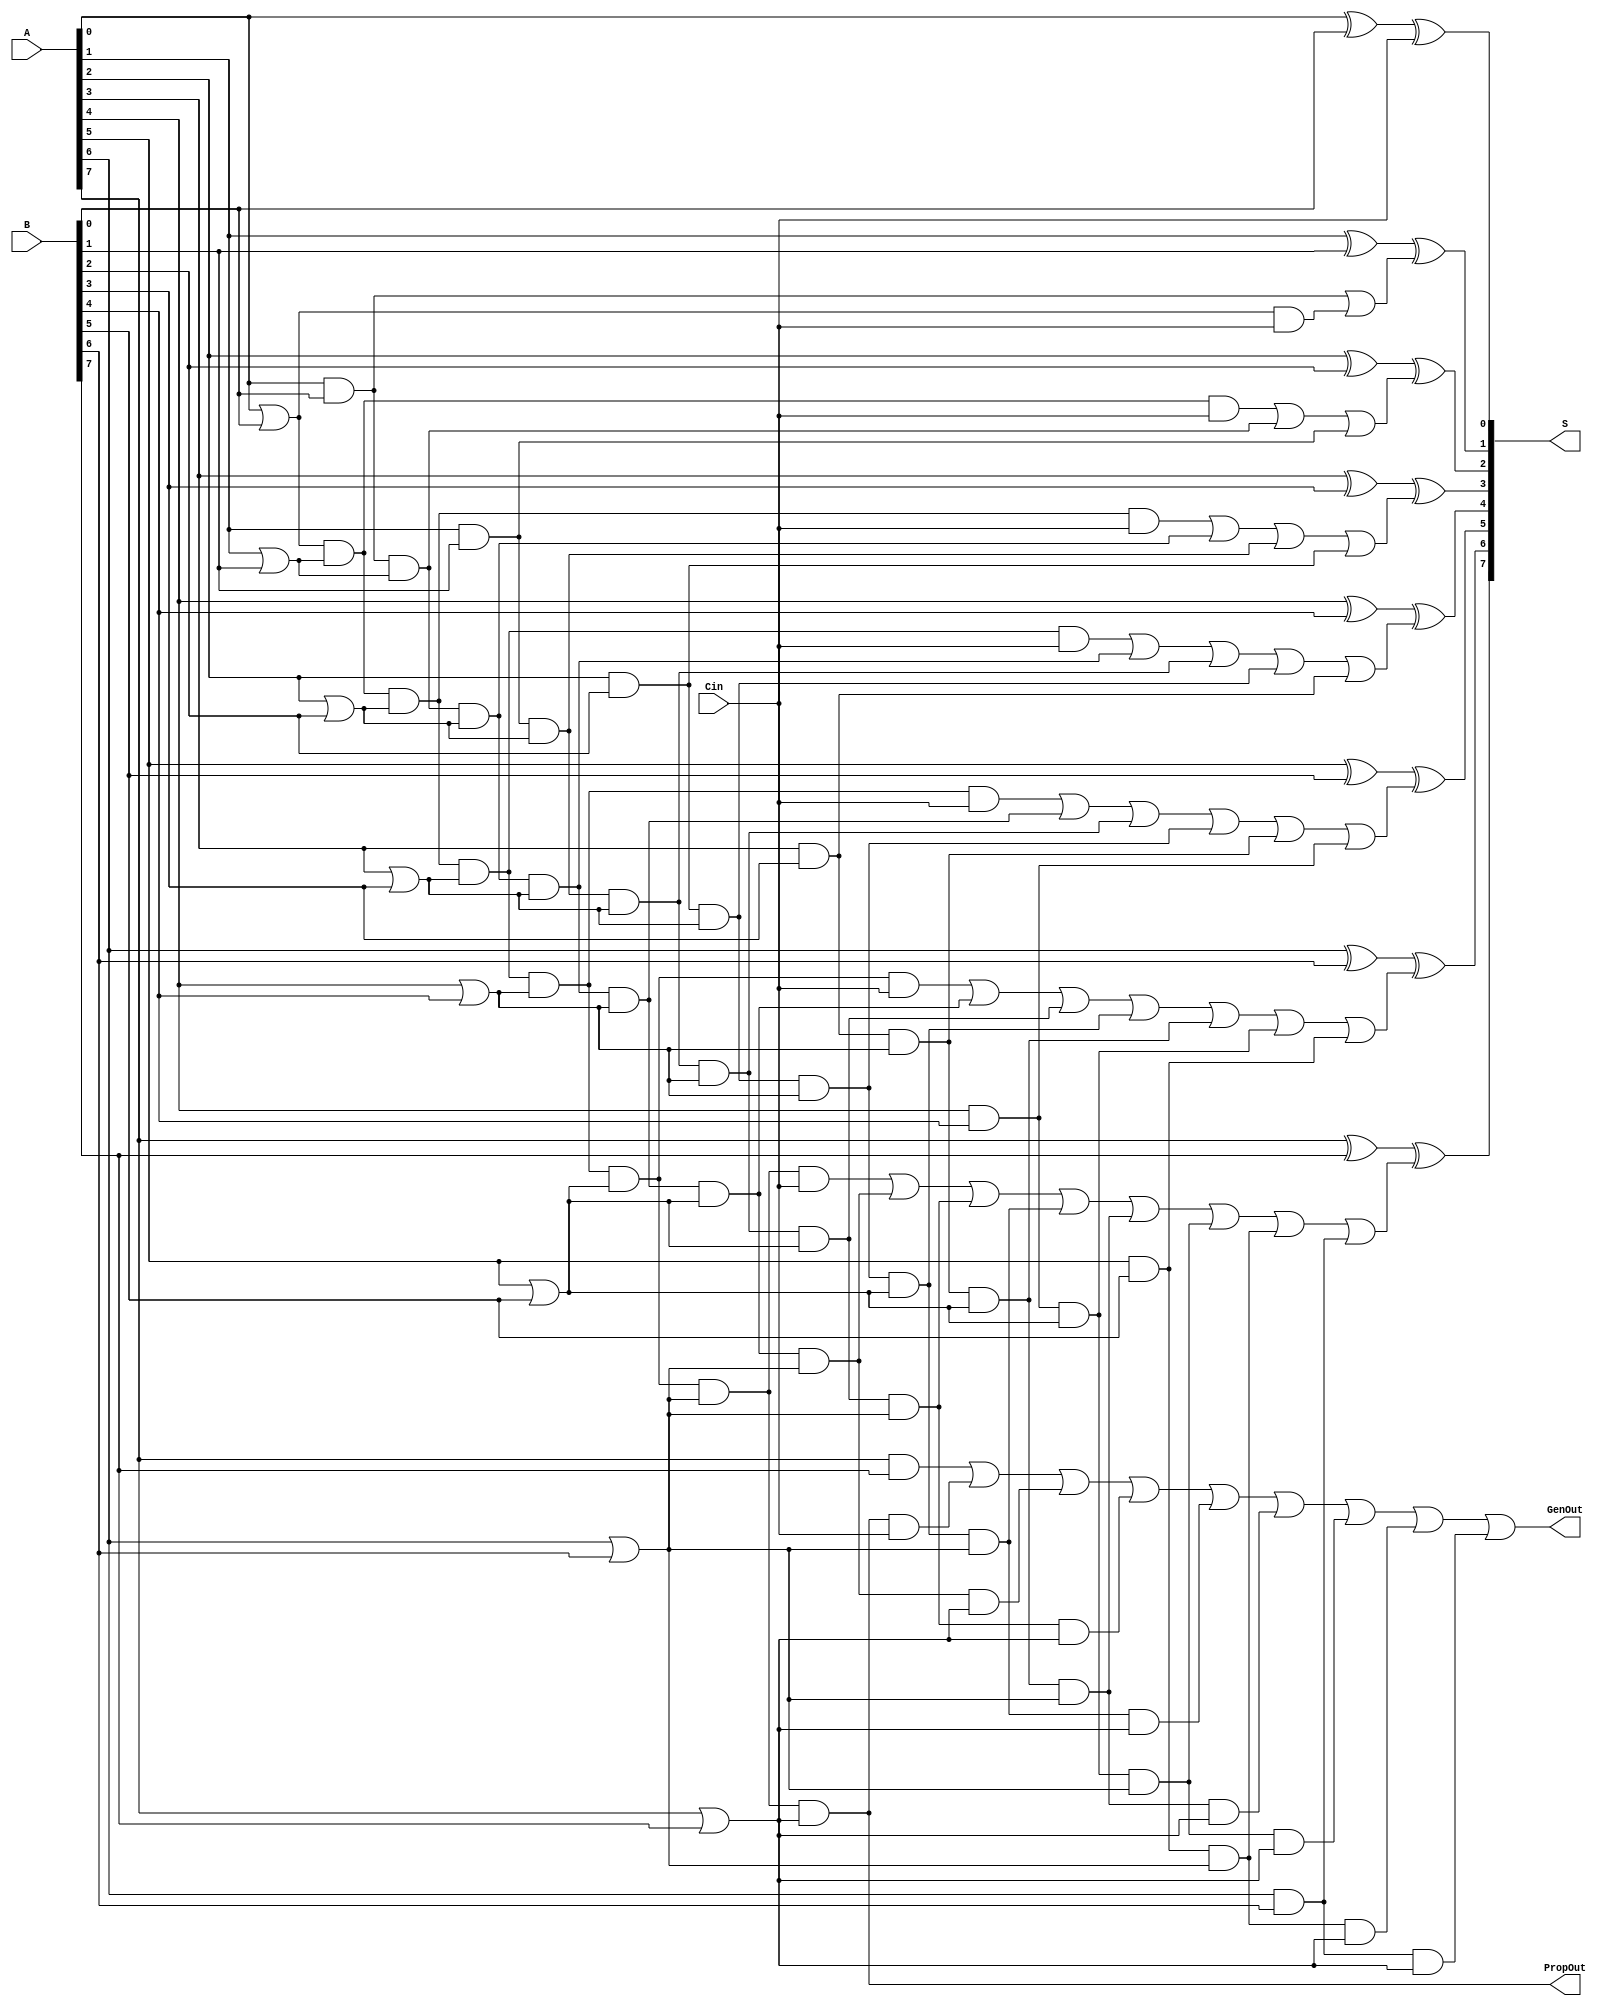
module cla_8(S, GenOut, PropOut, A, B, Cin);
    input [7:0] A, B;
    input Cin;
    output [7:0] S;
    output GenOut, PropOut;
    //generation and propagation bits
    wire [7:0] G, P;
    //carry bits
    wire c1, c2, c3, c4, c5, c6, c7,c8;
    wire w0; //level 1
    wire w1, w2; //level 2
    wire w3, w4, w5; //level 3
    wire w6, w7, w8, w9; //level 4
    wire w10, w11, w12, w13, w14; //level 5
    wire w15, w16, w17, w18, w19, w20; //level 6
    wire w21, w22, w23, w24, w25, w26, w27; //level 7
    wire w28, w29, w30, w31, w32, w33, w34, w35; //level 8


    //genBits
    and gen0(G[0], A[0], B[0]);
    and gen1(G[1], A[1], B[1]);
    and gen2(G[2], A[2], B[2]);
    and gen3(G[3], A[3], B[3]);
    and gen4(G[4], A[4], B[4]);
    and gen5(G[5], A[5], B[5]);
    and gen6(G[6], A[6], B[6]);
    and gen7(G[7], A[7], B[7]);
    

    //propBits
    or prop0(P[0], A[0], B[0]);
    or prop1(P[1], A[1], B[1]);
    or prop2(P[2], A[2], B[2]);
    or prop3(P[3], A[3], B[3]);
    or prop4(P[4], A[4], B[4]);
    or prop5(P[5], A[5], B[5]);
    or prop6(P[6], A[6], B[6]);
    or prop7(P[7], A[7], B[7]);

    //carry bits - level 1
    and CinAnd(w0, P[0], Cin);
    or c1Out(c1, G[0], w0);
    
    //carry bits - level 2
    and c2And0(w1, P[0], P[1], Cin);
    and c2And1(w2, G[0], P[1]);
    or c2Or(c2, w1, w2, G[1]);

    //carry bits - level 3
    and c3And0(w3, P[0], P[1], P[2], Cin);
    and c3And1(w4, G[0], P[1], P[2]);
    and c3And2(w5, G[1], P[2]);
    or c3Or(c3, w3, w4, w5, G[2]);

    //carry bits - level 4
    and c4And0(w6, P[0], P[1], P[2], P[3], Cin);
    and c4And1(w7, G[0], P[1], P[2], P[3]);
    and c4And2(w8, G[1], P[2], P[3]);
    and c4And3(w9, G[2], P[3]);
    or c4Or(c4, w6, w7, w8, w9, G[3]);

    //carry bits - level 5
    and c5And0(w10, P[0], P[1], P[2], P[3], P[4], Cin);
    and c5And1(w11, G[0], P[1], P[2], P[3], P[4]);
    and c5And2(w12, G[1], P[2], P[3], P[4]);
    and c5And3(w13, G[2], P[3], P[4]);
    and c5And4(w14, G[3], P[4]);
    or c5Or(c5, w10, w11, w12, w13, w14, G[4]);

    //carry bits - level 6
    and c6And0(w15, P[0], P[1], P[2], P[3], P[4], P[5], Cin);
    and c6And1(w16, G[0], P[1], P[2], P[3], P[4], P[5]);
    and c6And2(w17, G[1], P[2], P[3], P[4], P[5]);
    and c6And3(w18, G[2], P[3], P[4], P[5]);
    and c6And4(w19, G[3], P[4], P[5]);
    and c6And5(w20, G[4], P[5]);
    or c6Or(c6, w15, w16, w17, w18, w19, w20, G[5]);

    //carry bits - level 7
    and c7And0(w21, P[0], P[1], P[2], P[3], P[4], P[5], P[6], Cin);
    and c7And1(w22, G[0], P[1], P[2], P[3], P[4], P[5], P[6]);
    and c7And2(w23, G[1], P[2], P[3], P[4], P[5], P[6]);
    and c7And3(w24, G[2], P[3], P[4], P[5], P[6]);
    and c7And4(w25, G[3], P[4], P[5], P[6]);
    and c7And5(w26, G[4], P[5], P[6]);
    and c7And6(w27, G[5], P[6]);
    or c7Or(c7, w21, w22, w23, w24, w25, w26, w27, G[6]);

    //carry bits - level 8
    and c8And0(w28, P[0], P[1], P[2], P[3], P[4], P[5], P[6], P[7], Cin);
    and c8And1(w29, G[0], P[1], P[2], P[3], P[4], P[5], P[6], P[7]);
    and c8And2(w30, G[1], P[2], P[3], P[4], P[5], P[6], P[7]);
    and c8And3(w31, G[2], P[3], P[4], P[5], P[6], P[7]);
    and c8And4(w32, G[3], P[4], P[5], P[6], P[7]);
    and c8And5(w33, G[4], P[5], P[6], P[7]);
    and c8And6(w34, G[5], P[6], P[7]);
    and c8And7(w35, G[6], P[7]);
    
    or c8Or(GenOut, G[7], w28, w29, w30, w31, w32, w33, w34, w35);
    and propOut(PropOut, P[0], P[1], P[2], P[3], P[4], P[5], P[6], P[7]);
    //sumBits
    xor sum0(S[0], A[0], B[0], Cin);
    xor sum1(S[1], A[1], B[1], c1);
    xor sum2(S[2], A[2], B[2], c2);
    xor sum3(S[3], A[3], B[3], c3);
    xor sum4(S[4], A[4], B[4], c4);
    xor sum5(S[5], A[5], B[5], c5);
    xor sum6(S[6], A[6], B[6], c6);
    xor sum7(S[7], A[7], B[7], c7);
    

endmodule